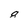
Character: 8